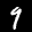
Label: 9